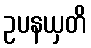
ဥပနယှတိ